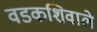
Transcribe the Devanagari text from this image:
वडकशिवाले